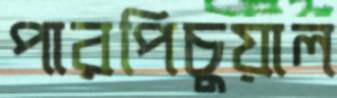
পারপিচুয়াল